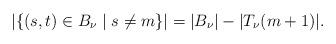
LaTeX: \begin{align*}|\lbrace (s,t) \in B_\nu \mid s \neq m \rbrace|=|B_\nu| - |T_\nu(m+1)|.\end{align*}